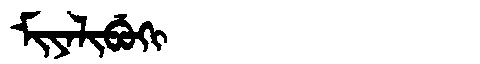
Manchu: ᠮᡳᠶᠠᠯᡳᠪᡠᡴᡳ
Romanization: MIYALIBUKI